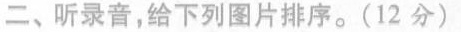
二、听录音，给下列图片排序。(12分)